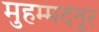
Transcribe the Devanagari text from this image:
मुहम्मदनूर